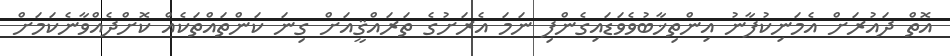
އޮތް ދައުރަށް އެމަނިކުފާނު އިންތިޚާބުވެވަޑައިގެންފި ނަމަ އެރަށުގެ ތަރައްޤީއަށް ގިނަ ކަންތައްތަކެއް ކޮށްދެއްވާނެކަމަށް